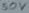
Text: 50V